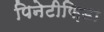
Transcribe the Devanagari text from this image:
पिनेटीफ़िडा